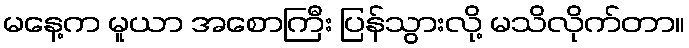
မနေ့က မူယာ အစောကြီး ပြန်သွားလို့ မသိလိုက်တာ။